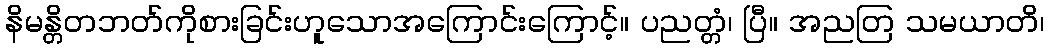
နိမန္တိတဘတ်ကိုစားခြင်းဟူသောအကြောင်းကြောင့်။ ပညတ္တံ၊ ပြီ။ အညတြ သမယာတိ၊